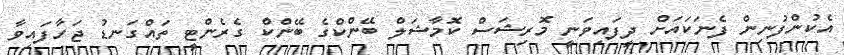
އެކުންފުނިން ފެނަކައަށް ދީފައިވަނީ މޮރިޝަސް ކޮމާޝަލް ބޭންކްގެ ބޭންކް ގެރެންޓީ ތައްގަނޑު ޖަހާފައިވާ